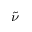
\scriptstyle { \tilde { \nu } }